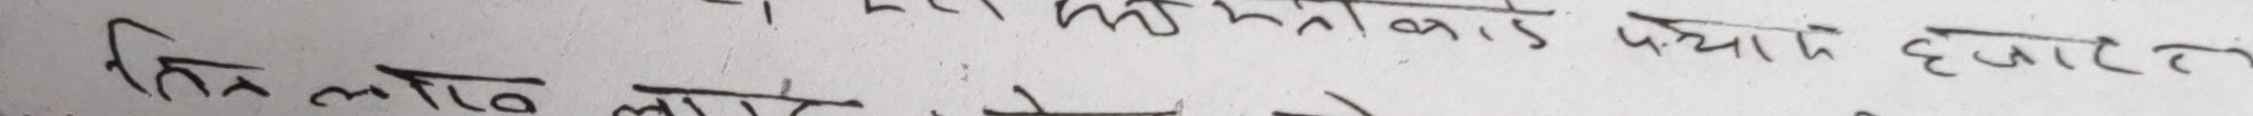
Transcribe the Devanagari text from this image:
मिलि त्रुचाकड पयादे हजार
तिन लाख त्रुचाकड पचाम हजार